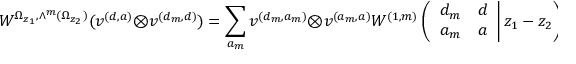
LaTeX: W ^ { \Omega _ { z _ { 1 } } , \wedge ^ { m } ( \Omega _ { z _ { 2 } } ) } ( v ^ { ( d , a ) } \otimes v ^ { ( d _ { m } , d ) } ) = \sum _ { a _ { m } } v ^ { ( d _ { m } , a _ { m } ) } \otimes v ^ { ( a _ { m } , a ) } W ^ { ( 1 , m ) } \left( \left. \begin{array} { c c } { { d _ { m } } } & { { d } } \\ { { a _ { m } } } & { { a } } \end{array} \right| z _ { 1 } - z _ { 2 } \right) ,